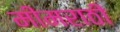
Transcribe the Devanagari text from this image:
मीमराठी